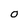
Character: O